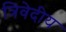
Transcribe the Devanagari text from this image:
त्रिवेदीय